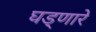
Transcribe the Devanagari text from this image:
घड्णारे